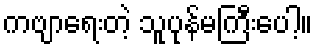
ကဗျာရေးတဲ့ သူပုန်မကြီးပေါ့။